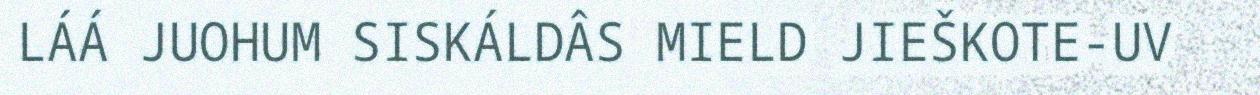
LÁÁ JUOHUM SISKÁLDÂS MIELD JIEŠKOTE-UV